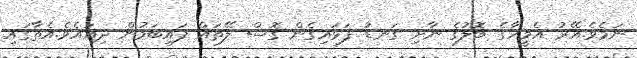
ނަމެވެ.އޭރު އެމީހާގެ ބޮލުގެ ނާށި ގަނޑު ފަޅައިގެން ގޮސް ލޭތައް ފައިބަމުން ދިއައެވެ.އެތާގައި